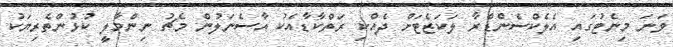
ވަނަ މިނެޓުގައި އެލެކްސެންޑްރާ ލަކަޒެޓަށް ދެއްކި ރަތްކާޑާއެކު އާސެނަލުން މެޗު ނިންމާލީ ކުޅުންތެރިޔަކު